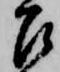
召